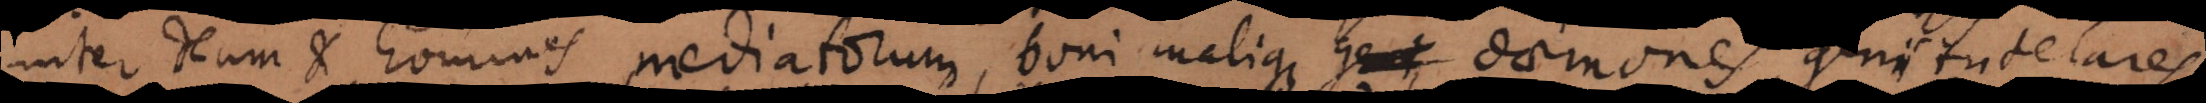
inter Deum et homines mediatorum, boni malique geni daemones,